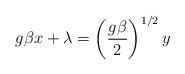
LaTeX: \begin{align*}g\beta x+\lambda =\left( {\frac{g\beta }2}\right) ^{1/2}y\end{align*}